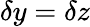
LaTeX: \delta y=\delta z